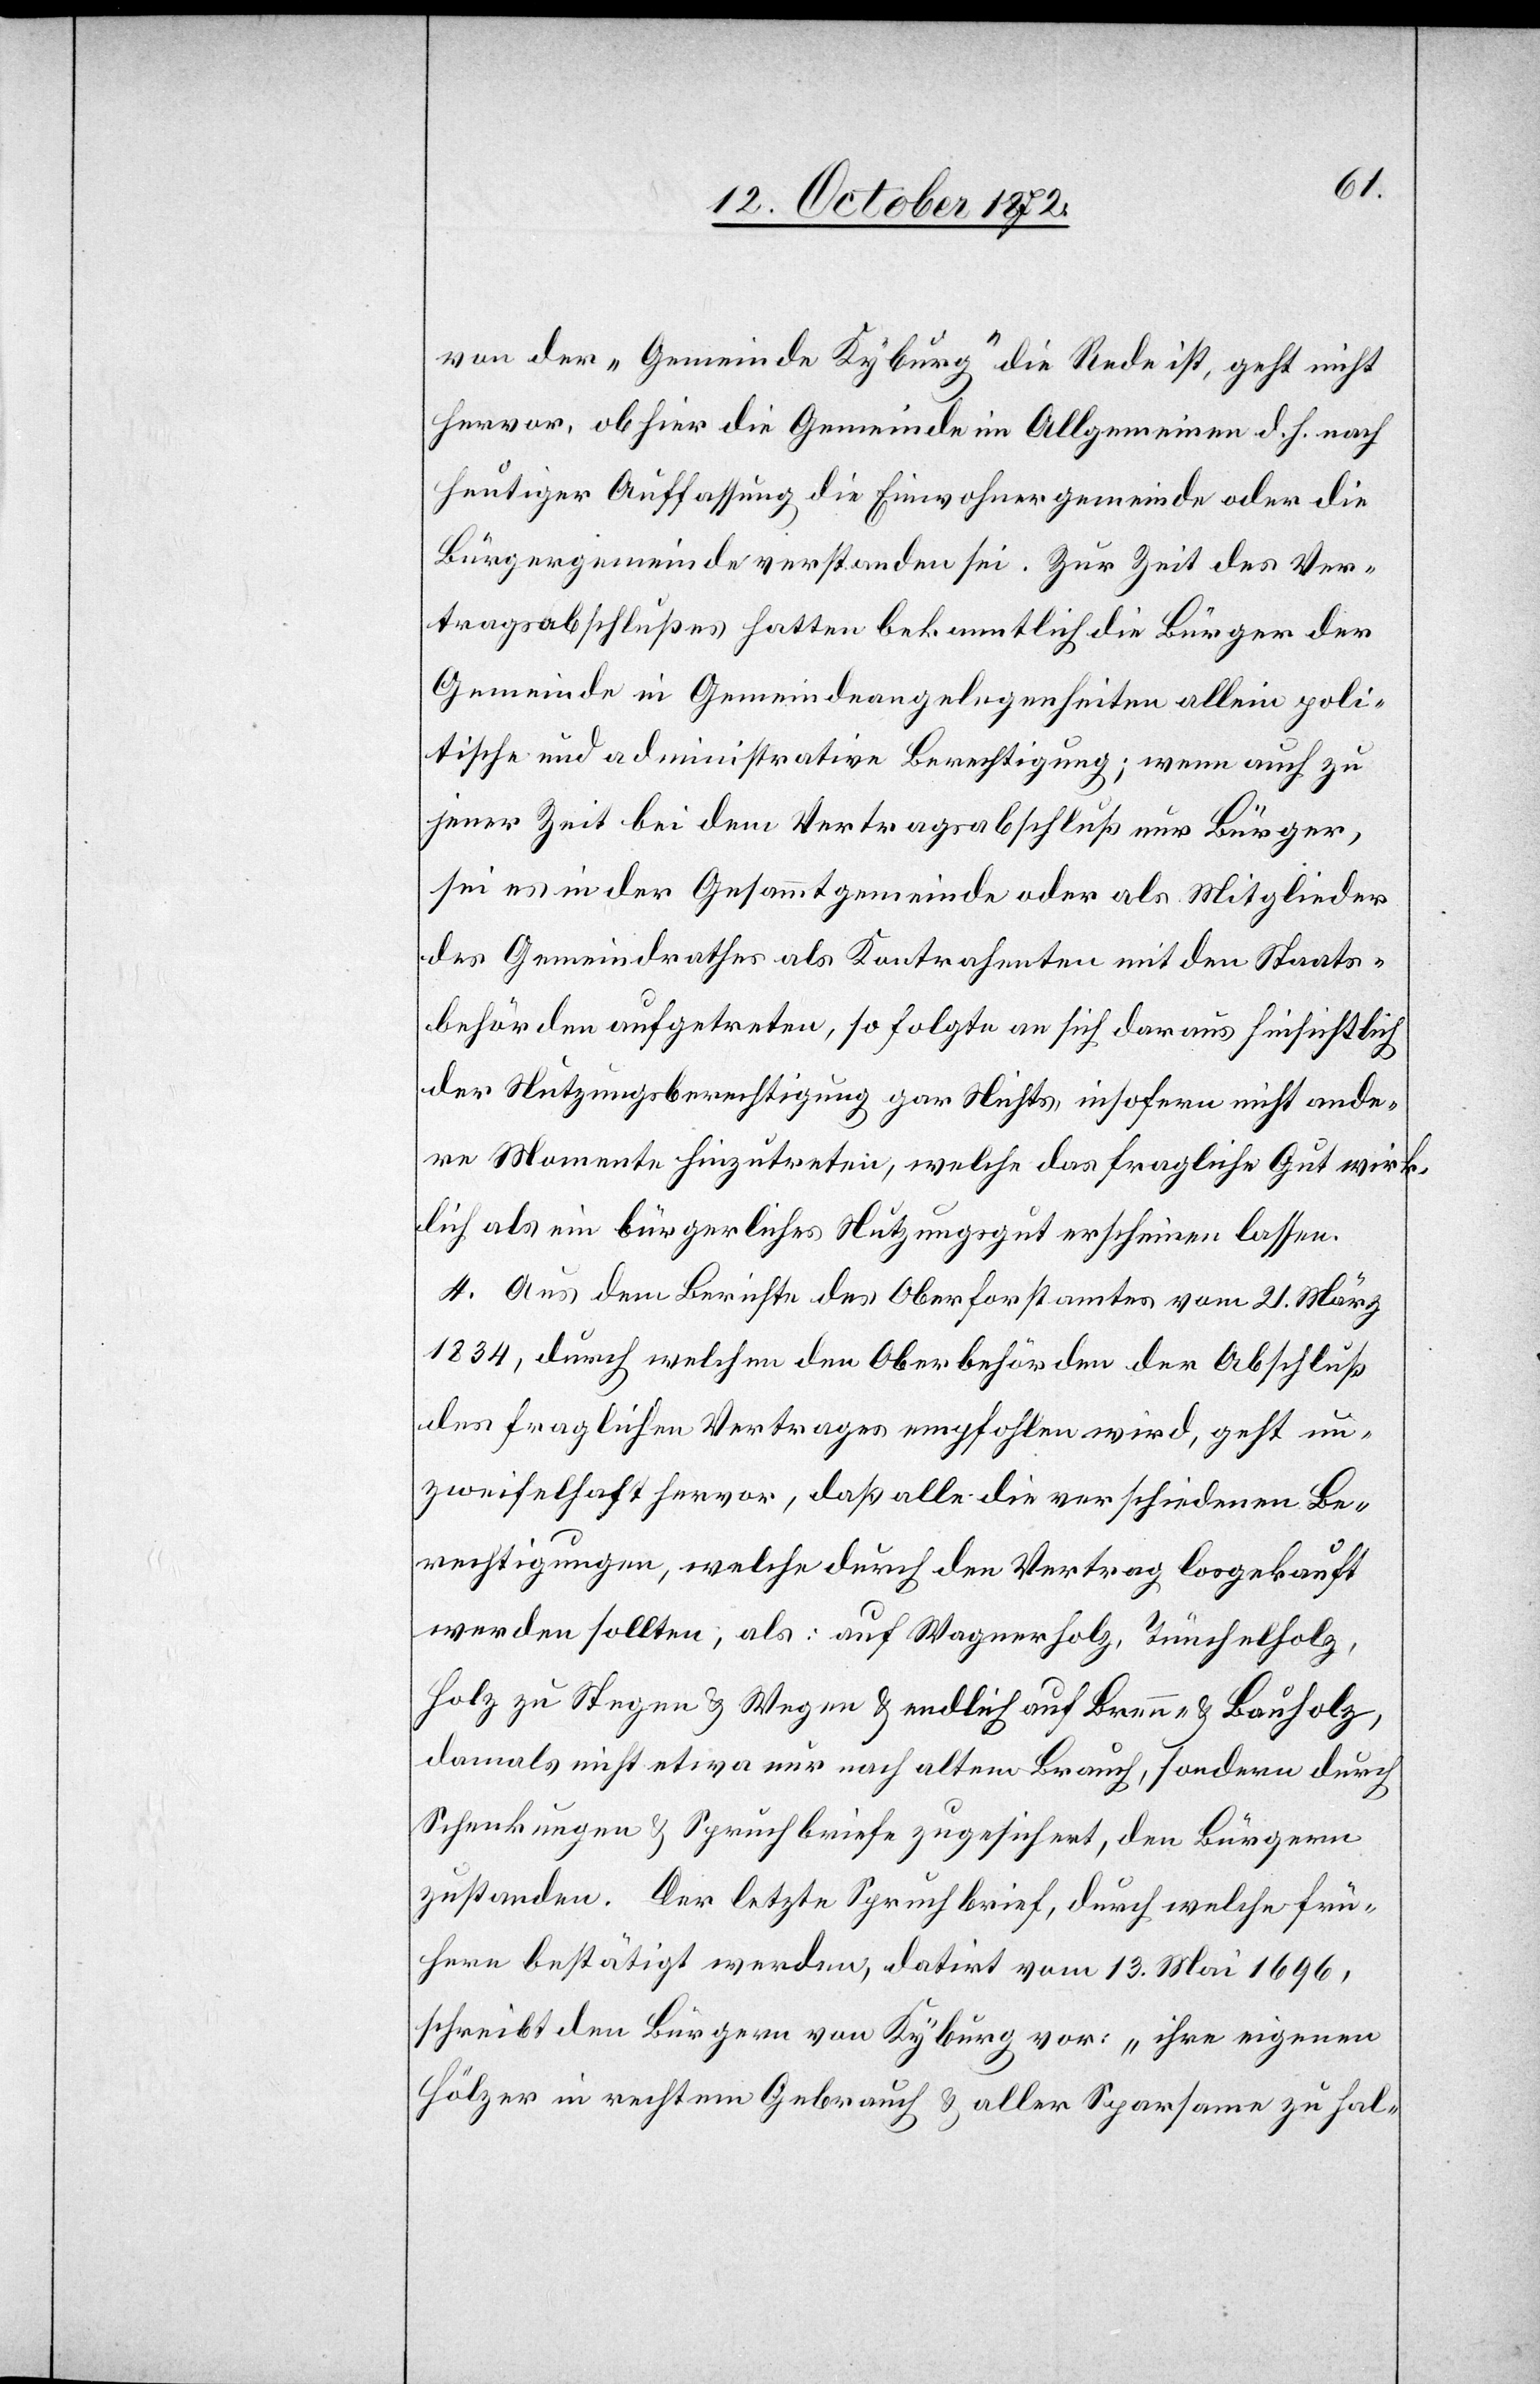
von der „Gemeinde Kyburg“ die Rede ist, geht nicht
hervor, ob hier die Gemeinde im Allgemeinen d. h. nach
heutiger Auffassung die Einwohnergemeinde oder die
Bürgergemeinde verstanden sei. Zur Zeit des Ver¬
tragsabschlußes hatten bekanntlich die Bürger der
Gemeinde in Gemeindeangelegenheiten allein poli¬
tische und administrative Berechtigung; wenn auch zu
jener Zeit bei dem Vertragsabschluß nur Bürger,
sei es in der Gesammtgemeinde oder als Mitglieder
des Gemeindrathes als Kontrahenten mit den Staats¬
behörden aufgetreten, so folgte an sich daraus hinsichtlich
der Nutzungsberechtigung gar Nichts, insofern nicht ande¬
re Momente hinzutreten, welche das fragliche Gut wirk¬
lich als ein bürgerliches Nutzungsgut erscheinen lassen.
4. Aus dem Berichte des Oberforstamtes vom 21. März
1834, durch welchen den Oberbehörden der Abschluß
des fraglichen Vertrages empfohlen wird, geht un¬
zweifelhaft hervor, daß alle die verschiedenen Be¬
rechtigungen, welche durch den Vertrag losgekauft
werden sollten, als: auf Wagnerholz, Teuchelholz,
Holz zu Stegen u. Wegen u. endlich auf Brenn- u. Bauholz,
damals nicht etwa nur nach altem Brauch, sondern durch
Schenkungen u. Spruchbriefe zugesichert, den Bürgern
zustanden. Der letzte Spruchbrief, durch welche frü¬
here bestätigt werden, datirt vom 13. Mai 1696,
schreibt den Bürgern von Kyburg vor: „ihre eigenen
Hölzer in rechtem Gebrauch u. aller Sparsame zu hal-